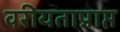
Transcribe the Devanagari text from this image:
वरीयताप्राप्त